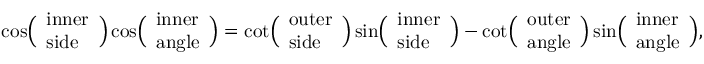
\cos \! { \Bigl ( } { \begin{array} { l } { { \mathrm { i n n e r } } } \\ { { \mathrm { s i d e } } } \end{array} } { \Bigr ) } \cos \! { \Bigl ( } { \begin{array} { l } { { \mathrm { i n n e r } } } \\ { { \mathrm { a n g l e } } } \end{array} } { \Bigr ) } = \cot \! { \Bigl ( } { \begin{array} { l } { { \mathrm { o u t e r } } } \\ { { \mathrm { s i d e } } } \end{array} } { \Bigr ) } \sin \! { \Bigl ( } { \begin{array} { l } { { \mathrm { i n n e r } } } \\ { { \mathrm { s i d e } } } \end{array} } { \Bigr ) } - \cot \! { \Bigl ( } { \begin{array} { l } { { \mathrm { o u t e r } } } \\ { { \mathrm { a n g l e } } } \end{array} } { \Bigr ) } \sin \! { \Bigl ( } { \begin{array} { l } { { \mathrm { i n n e r } } } \\ { { \mathrm { a n g l e } } } \end{array} } { \Bigr ) } ,